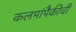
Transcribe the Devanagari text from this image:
कलमांपैकीची